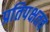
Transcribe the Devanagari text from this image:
प्रतिपक्षतव